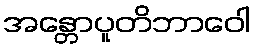
အန္တောပူတိဘာဝေါ